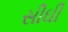
સીઘી